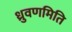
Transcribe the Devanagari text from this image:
ध्रुवणमिति